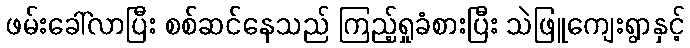
ဖမ်းခေါ်လာပြီး စစ်ဆင်နေသည် ကြည့်ရှုခံစားပြီး သဲဖြူကျေးရွာနှင့်